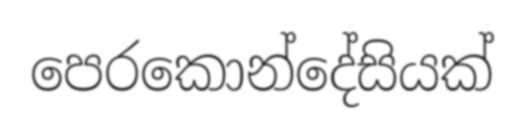
පෙරකොන්දේසියක්